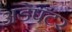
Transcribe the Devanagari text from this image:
अडेपटर